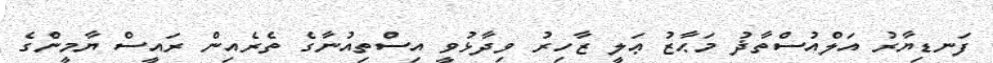
ފަނޑިޔާރު އަލްއުސްތާޛު މަޙާޒު ޢަލީ ޒާހިރު ވިދާޅުވީ އިސްތިއުނާގެ ތެރެއިން ރައީސް ޔާމީންގެ